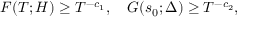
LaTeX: F ( T ; H ) \geq T ^ { - c _ { 1 } } , \quad G ( s _ { 0 } ; \Delta ) \geq T ^ { - c _ { 2 } } ,